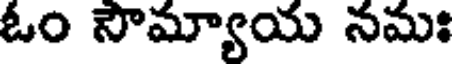
ఓం సౌమ్యాయ నమః